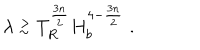
LaTeX: \lambda \stackrel { > } { _ \sim } T _ { R } ^ { \frac { 3 n } { 2 } } H _ { b } ^ { 4 - \frac { 3 n } { 2 } } \; .